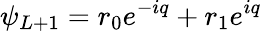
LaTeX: \psi_{L+1}=r_{0}e^{-iq}+r_{1}e^{iq}